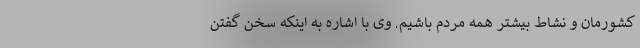
کشورمان و نشاط بیشتر همه مردم باشیم. وی با اشاره به اینکه سخن گفتن